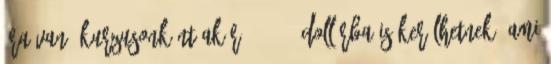
ára van, kurzusonként akár 400-500 dollárba is kerülhetnek, ami